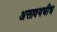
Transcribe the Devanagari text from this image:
असावयचीच